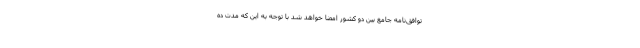
توافق‌نامه جامع بین دو کشور امضا خواهد شد با توجه به این که مدت ده